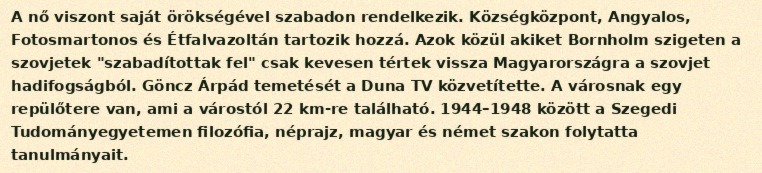
A nő viszont saját örökségével szabadon rendelkezik. Községközpont, Angyalos, Fotosmartonos és Étfalvazoltán tartozik hozzá. Azok közül akiket Bornholm szigeten a szovjetek "szabadítottak fel" csak kevesen tértek vissza Magyarországra a szovjet hadifogságból. Göncz Árpád temetését a Duna TV közvetítette. A városnak egy repülőtere van, ami a várostól 22 km-re található. 1944–1948 között a Szegedi Tudományegyetemen filozófia, néprajz, magyar és német szakon folytatta tanulmányait.